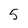
Character: 5